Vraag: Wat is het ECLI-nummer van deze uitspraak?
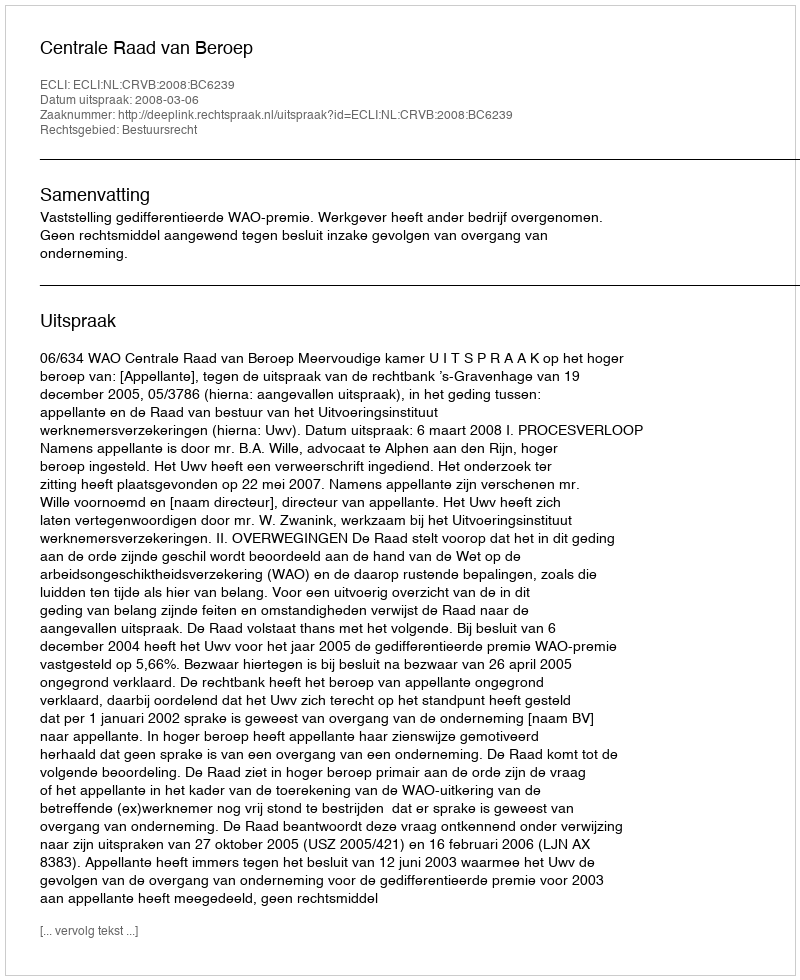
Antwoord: ECLI:NL:CRVB:2008:BC6239